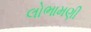
લોભામણી